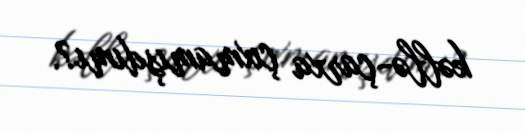
kəllə-çarxa çıxmamışdımı?.